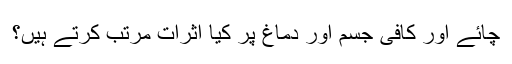
چائے اور کافی جسم اور دماغ پر کیا اثرات مرتب کرتے ہیں؟